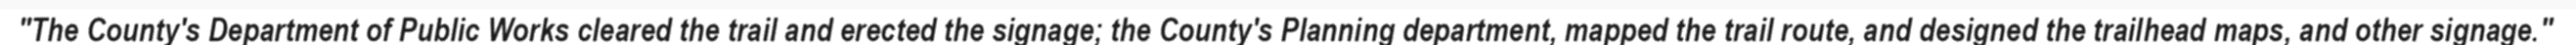
"The County's Department of Public Works cleared the trail and erected the signage; the County's Planning department, mapped the trail route, and designed the trailhead maps, and other signage."